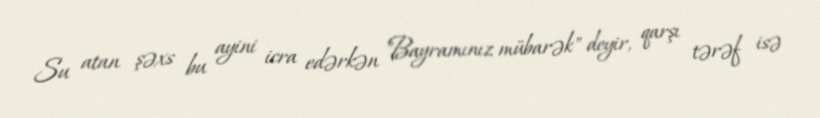
Su atan şəxs bu ayini icra edərkən "Bayramınız mübarək" deyir, qarşı tərəf isə